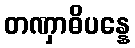
တဏှာဓိပန္နေ